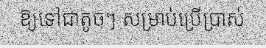
ឱ្យទៅជាតូចៗ សម្រាប់ប្រើប្រាស់